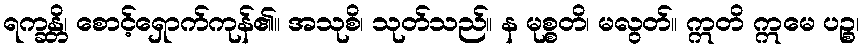
ရက္ခန္တိ၊ စောင့်ရှောက်ကုန်၏။ အသုစိ၊ သုတ်သည်။ န မုစ္စတိ၊ မလွတ်။ ဣတိ ဣမေ ပဉ္စ၊